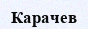
Карачев